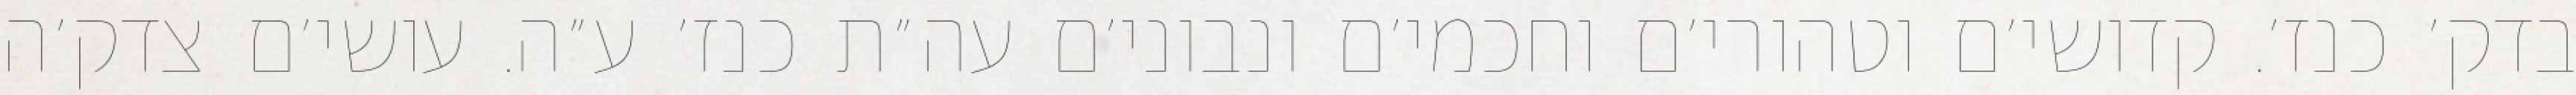
בדק׳ כנז׳. קדושי׳ם וטהורי׳ם וחכמי׳ם ונבוני׳ם עה״ת כנז׳ ע״ה. עושי׳ם צדק׳ה